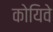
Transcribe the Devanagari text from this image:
कोयिवे